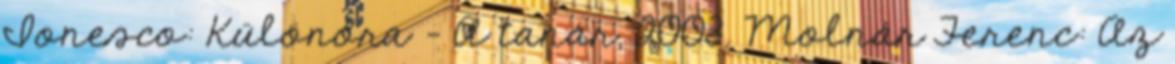
Ionesco: Különóra - A tanár, 2003. Molnár Ferenc: Az